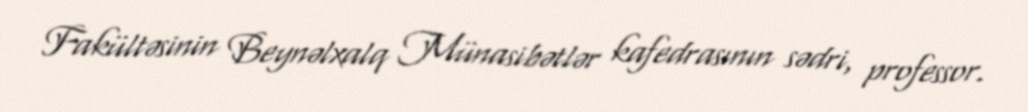
Fakültəsinin Beynəlxalq Münasibətlər kafedrasının sədri, professor.